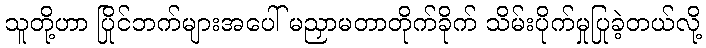
သူတို့ဟာ ပြိုင်ဘက်များအပေါ် မညှာမတာတိုက်ခိုက် သိမ်းပိုက်မှုပြုခဲ့တယ်လို့